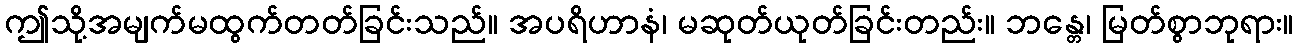
ဤသို့အမျက်မထွက်တတ်ခြင်းသည်။ အပရိဟာနံ၊ မဆုတ်ယုတ်ခြင်းတည်း။ ဘန္တေ၊ မြတ်စွာဘုရား။